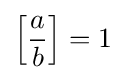
\left[{\frac {a}{b}}\right]=1